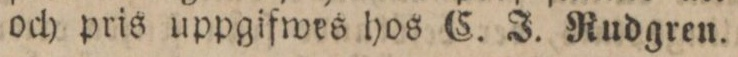
och pris uppgifwes hos C. J. Rudgren.